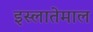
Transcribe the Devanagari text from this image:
इस्लातेमाल